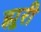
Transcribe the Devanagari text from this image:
झूरी